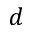
d